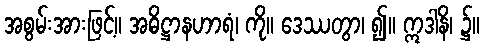
အစွမ်းအားဖြင့်။ အဓိဋ္ဌာနဟာရံ၊ ကို။ ဒေဿတွာ၊ ၍။ ဣဒါနိ၊ ၌။